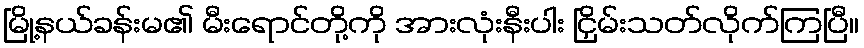
မြို့နယ်ခန်းမ၏ မီးရောင်တို့ကို အားလုံးနီးပါး ငြှိမ်းသတ်လိုက်ကြပြီ။